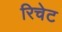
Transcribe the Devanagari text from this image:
रिचेट